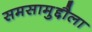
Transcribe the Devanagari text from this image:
समसामुद्दौला